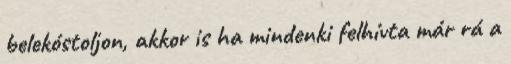
belekóstoljon, akkor is ha mindenki felhívta már rá a